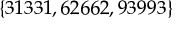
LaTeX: \{ 3 1 3 3 1 , 6 2 6 6 2 , 9 3 9 9 3 \}